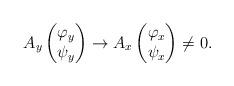
LaTeX: \begin{align*}A_y \begin{pmatrix} \varphi_y \\ \psi_y \end{pmatrix} \to A_x \begin{pmatrix} \varphi_x \\ \psi_x \end{pmatrix} \not= 0. \end{align*}